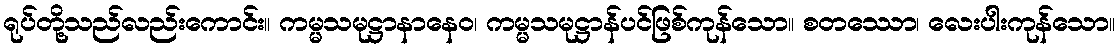
ရုပ်တို့သည်လည်းကောင်း။ ကမ္မသမုဋ္ဌာနာနေဝ၊ ကမ္မသမုဋ္ဌာန်ပင်ဖြစ်ကုန်သော။ စတဿော၊ လေးပါးကုန်သော။